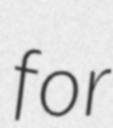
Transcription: for